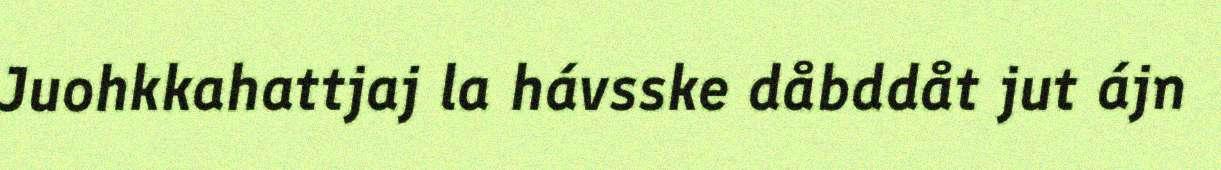
Juohkkahattjaj la hávsske dåbddåt jut ájn